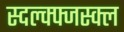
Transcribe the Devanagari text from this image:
स्दल्क्फ्जस्क्ल